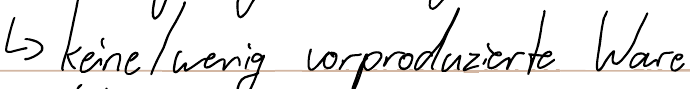
-> keine / wenig vorproduzierte Ware